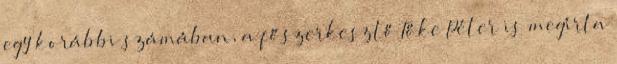
egy korábbi számában, a fő­szerkesztő Tőke Péter is megírta